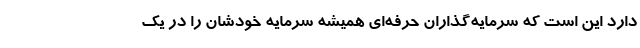
دارد این است که سرمایه‌گذاران حرفه‌ای همیشه سرمایه خودشان را در یک